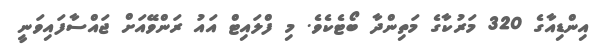
އިންޑިއާގެ 320 މަރުކާގެ މަތިންދާ ބޯޓެކެވެ. މި ފްލައިޓް އައު ރަންވޭއަށް ޖައްސާފައިވަނީ